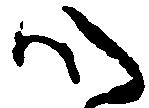
心